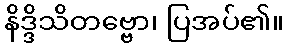
နိဒ္ဒိသိတဗ္ဗော၊ ပြအပ်၏။